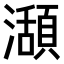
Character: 𤁪